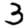
Digit: 3